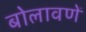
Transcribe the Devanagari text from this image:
बोलावणें